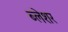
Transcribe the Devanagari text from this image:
ब्लेशर